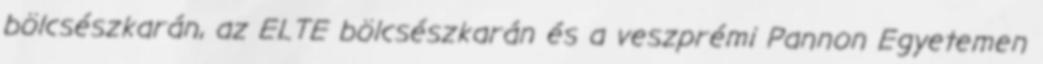
bölcsészkarán, az ELTE bölcsészkarán és a veszprémi Pannon Egyetemen